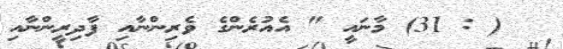
( : 31) މާނައީ " އެއުރެންގެ ވެރިންނާއި ފާދިރީންނާއި